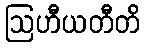
ဩဟီယတီတိ